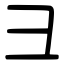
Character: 彐